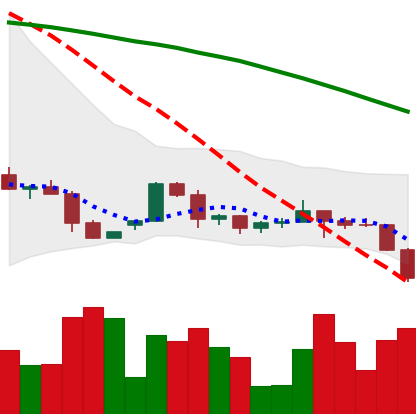
Ticker: ETH-USD
Chart end date: 2022-06-11
Forward return: -30.198%
Label: down_7plus